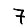
Digit: 7